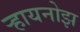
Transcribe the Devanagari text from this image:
र्‍हायनोझ